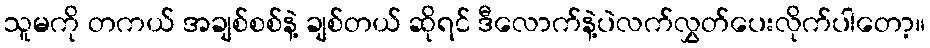
သူမကို တကယ် အချစ်စစ်နဲ့ ချစ်တယ် ဆိုရင် ဒီလောက်နဲ့ပဲလက်လွှတ်ပေးလိုက်ပါတော့။